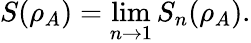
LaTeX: S(\rho_{A})=\operatorname*{lim}_{n\to 1}S_{n}(\rho_{A}).